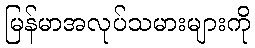
မြန်မာအလုပ်သမားများကို